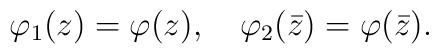
\varphi _1(z) = \varphi (z), \quad \varphi _2(\bar{z}) = \varphi (\bar{z}).